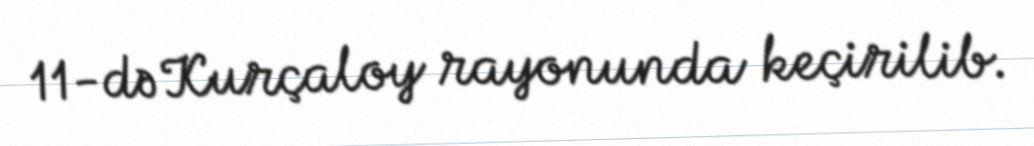
11-də Kurçaloy rayonunda keçirilib.